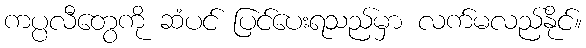
ကပ္ပလီတွေကို ဆံပင် ပြင်ပေးရသည်မှာ လက်မလည်နိုင်။